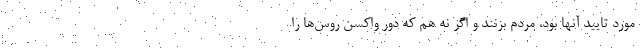
مورد تایید آنها بود، مردم بزنند و اگر نه هم که دور واکسن روس‌ها را